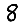
Digit: 8